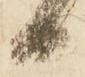
日